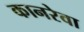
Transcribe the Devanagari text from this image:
कानरेवा